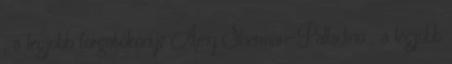
, a legjobb forgatókönyv Amy Sherman-Palladino , a legjobb